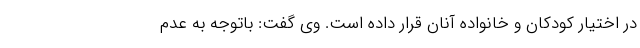
در اختیار کودکان و خانواده آنان قرار داده است. وی گفت: باتوجه به عدم